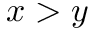
x > y